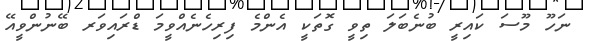
ނަހޫ މޫސަ ކައިރީ ބުނެބަލަ ތިވީ ގޮތަކީ އެންމެ ފިރިހެނެއްވީމަ ޑްރައިވަރ ބޭނުންވީއޭ